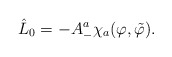
\begin{align*}\hat{L}_0 =-A_{-}^{a} \chi_{a} (\varphi ,\tilde{\varphi}) .\end{align*}